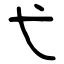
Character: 弋